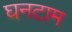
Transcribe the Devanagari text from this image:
घनटाम